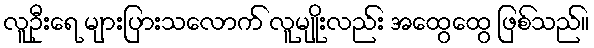
လူဦးရေ များပြားသလောက် လူမျိုးလည်း အထွေထွေ ဖြစ်သည်။